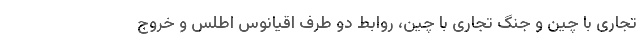
تجاری با چین و جنگ تجاری با چین، روابط دو طرف اقیانوس اطلس و خروج